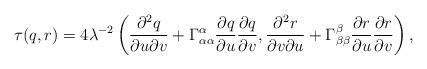
LaTeX: \begin{align*} \tau(q,r)=4\lambda^{-2}\left(\frac{\partial^2q}{\partial u\partial v}+\Gamma^\alpha_{\alpha\alpha}\frac{\partial q}{\partial u}\frac{\partial q}{\partial v},\frac{\partial^2r}{\partial v\partial u}+\Gamma^\beta_{\beta\beta}\frac{\partial r}{\partial u}\frac{\partial r}{\partial v}\right),\end{align*}